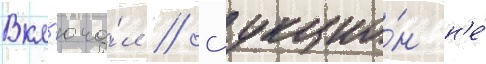
Вкл'юча́л // Аукцио́н н'е́